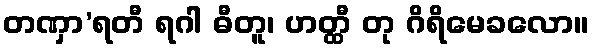
တဏှာ’ရတီ ရဂါ ဓီတူ၊ ဟတ္ထီ တု ဂိရိမေခလော။